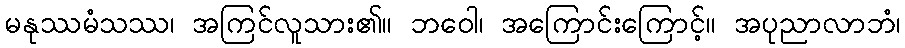
မနုဿမံသဿ၊ အကြင်လူသား၏။ ဘဝေါ၊ အကြောင်းကြောင့်။ အပုညာလာဘံ၊